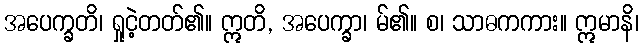
အပေက္ခတိ၊ ရှုငဲ့တတ်၏။ ဣတိ, အပေက္ခာ၊ မ်၏။ စ၊ သာဓကကား။ ဣမာနိ၊